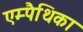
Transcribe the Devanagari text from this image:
एम्पैथिका